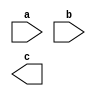

module norgate (a, b, c);
 input a, b;
 output c;
endmodule

module nor_gate;
 reg a, b;
 wire c;
 initial begin
 $dumpfile("nor_gate.vcd");
 $dumpvars(0,nor_gate);
 a = 0; b = 0; 
 #1
 a = 0; b = 1; 
 #1
 a = 1; b = 0;
 #1
 a = 1; b = 1;
 end
endmodule